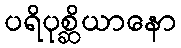
ပရိပုစ္ဆိယာနော